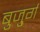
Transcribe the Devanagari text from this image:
बुजु्र्ग